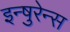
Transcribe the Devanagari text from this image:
इन्षुरेन्स